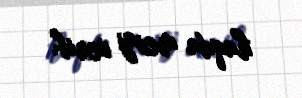
haqda mesaj verib.